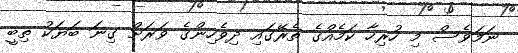
ނަމަވެސް މި ހުރިހާ ކަމެއްގެ ތެރޭގައި ދިވެހިންގެ ވަރަށް ގިނަ ބަޔަކު ތިބީ